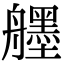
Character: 𦪷